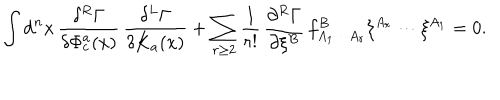
LaTeX: \int \mathrm { d } ^ { n } x \, \frac { \delta ^ { R } \Gamma } { \delta \Phi _ { c } ^ { a } ( x ) } \, \frac { \delta ^ { L } \Gamma } { \delta K _ { a } ( x ) } + \sum _ { r \geq 2 } \frac 1 { r ! } \, \frac { \partial ^ { R } \Gamma } { \partial \xi ^ { B } } \, f _ { A _ { 1 } \cdots A _ { r } } ^ { B } \xi ^ { A _ { r } } \cdots \xi ^ { A _ { 1 } } = 0 .